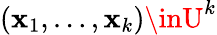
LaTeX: (\mathbf{x}_{1},\dots,\mathbf{x}_{k})\inU^{k}